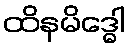
ထိနမိဒ္ဓေါ